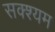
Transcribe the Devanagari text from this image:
सक्श्यम